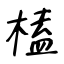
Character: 榼